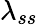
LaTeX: \lambda_{ss}